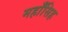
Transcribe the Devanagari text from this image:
महाँसिह